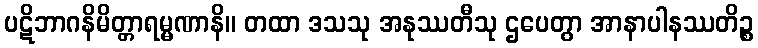
ပဋိဘာဂနိမိတ္တာရမ္မဏာနိ။ တထာ ဒသသု အနုဿတီသု ဌပေတွာ အာနာပါနဿတိဉ္စ